Indian journal of veterinary science and animal husbandry - Volumes 22-23, 1952-1953
Year: 1952
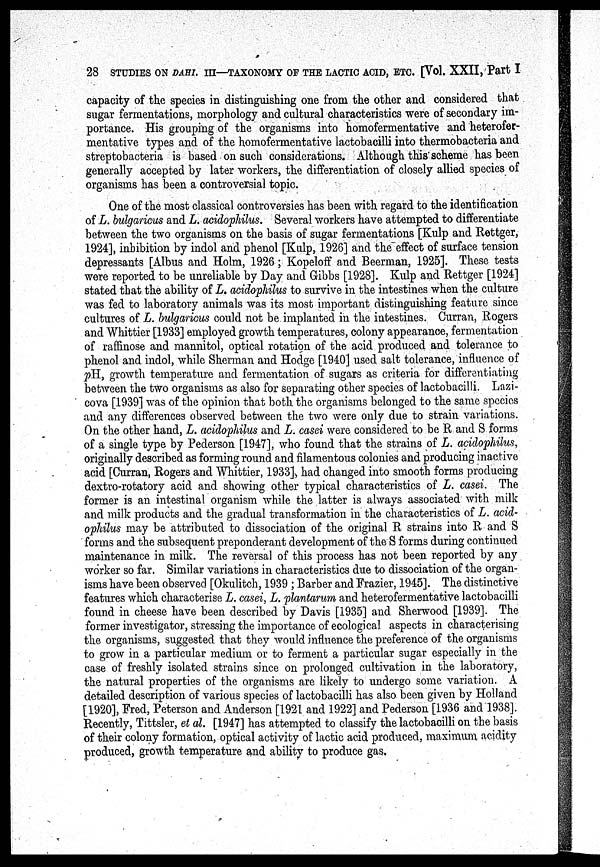
28 STUDIES ON DAHI. III—TAXONOMY OF THE LACTIC ACID, ETC. [Vol. XXII, Part I
capacity of the species in distinguishing one from the other and considered that
sugar fermentations, morphology and cultural characteristics were of secondary im-
portance. His grouping of the organisms into homofermentative and heterofer-
mentative types and of the homofermentative lactobacilli into thermobacteria and
streptobacteria is based on such considerations. Although this scheme has been
generally accepted by later workers, the differentiation of closely allied species of
organisms has been a controversial topic.
One of the most classical controversies has been with regard to the identification
of L. bulgaricus and L. acidophilus. Several workers have attempted to differentiate
between the two organisms on the basis of sugar fermentations [Kulp and Rettger,
1924], inhibition by indol and phenol [Kulp, 1926] and the effect of surface tension
depressants [Albus and Holm, 1926 ; Kopeloff and Beerman, 1925]. These tests
were reported to be unreliable by Day and Gibbs [1928]. Kulp and Rettger [1924]
stated that the ability of L. acidophilus to survive in the intestines when the culture
was fed to laboratory animals was its most important distinguishing feature since
cultures of L. bulgaricus could not be implanted in the intestines. Curran, Rogers
and Whittier [1933] employed growth temperatures, colony appearance, fermentation
of raffinose and mannitol, optical rotation of the acid produced and tolerance to
phenol and indol, while Sherman and Hodge [1940] used salt tolerance, influence of
pH., growth temperature and fermentation of sugars as criteria for differentiating
between the two organisms as also for separating other species of lactobacilli. Lazi-
cova [1939] was of the opinion that both the organisms belonged to the same species
and any differences observed between the two were only due to strain variations.
On the other hand, L. acidophilus and L. casei were considered to be R and S forms
of a single type by Pederson [1947], who found that the strains of L. acidophilus,
originally described as forming round and filamentous colonies and producing inactive
acid [Curran, Rogers and Whittier, 1933], had changed into smooth forms producing
dextro-rotatory acid and showing other typical characteristics of L. casei. The
former is an intestinal organism while the latter is always associated with milk
and milk products and the gradual transformation in the characteristics of L. acid-
ophilus may be attributed to dissociation of the original R straius into R and S
forms and the subsequent preponderant development of the S forms during continued
maintenance in milk. The reversal of this process has not been reported by any
worker so far. Similar variations in characteristics due to dissociation of the organ-
isms have been observed [Okulitch, 1939 ; Barber and Frazier, 1945]. The distinctive
features which characterise L. casei, L. plantarum and heterofermentative lactobacilli
found in cheese have been described by Davis [1935] and Sherwood [1939]. The
former investigator, stressing the importance of ecological aspects in characterising
the organisms, suggested that they would influence the preference of the organisms
to grow in a particular medium or to ferment a particular sugar especially in the
case of freshly isolated strains since on prolonged cultivation in the laboratory,
the natural properties of the organisms are likely to undergo some variation. A
detailed description of various species of lactobacilli has also been given by Holland
[1920], Fred, Peterson and Anderson [1921 and 1922] and Pederson [1936 and 1938].
Recently, Tittsler, et al. [1947] has attempted to classify the lactobacilli on the basis
of their colony formation, optical activity of lactic acid produced, maximum acidity
produced, growth temperature and ability to produce gas.